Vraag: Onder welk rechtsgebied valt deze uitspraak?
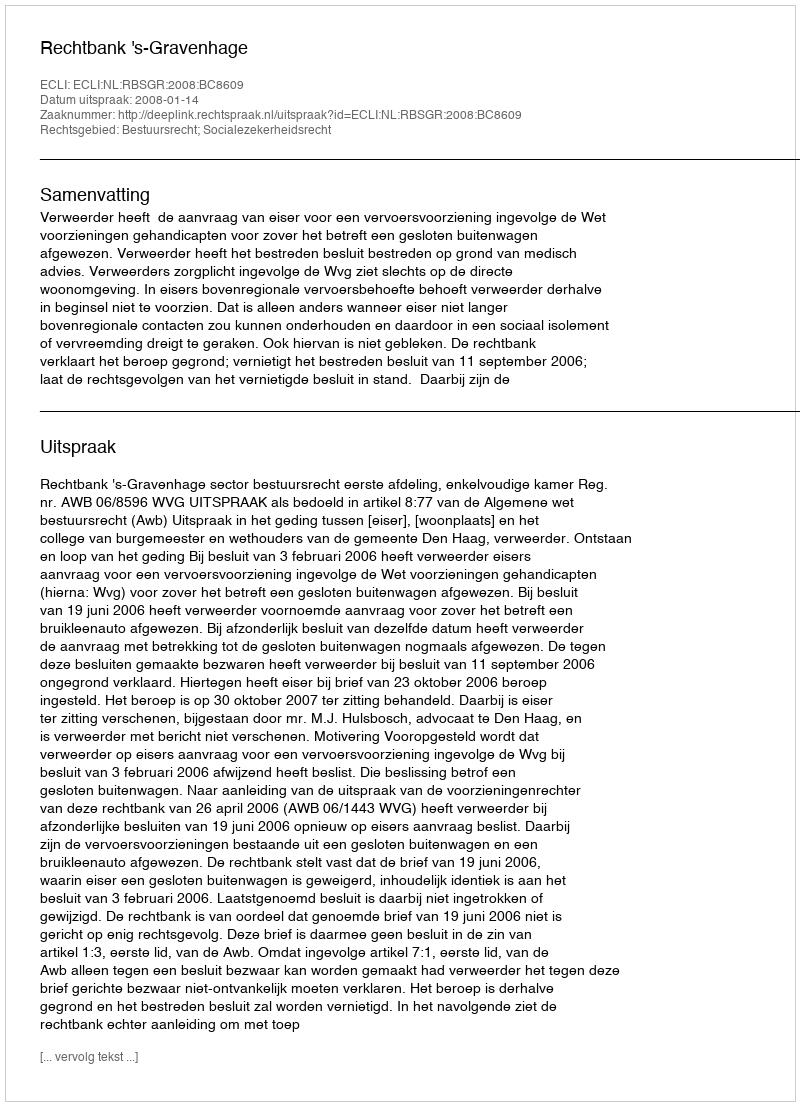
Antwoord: Bestuursrecht; Socialezekerheidsrecht